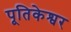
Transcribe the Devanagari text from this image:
पूतिकेश्वर